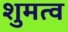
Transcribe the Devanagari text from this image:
शुमत्व